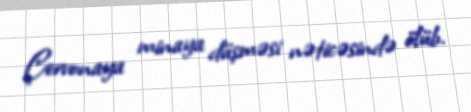
Çervonaya minaya düşməsi nəticəsində ölüb.